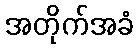
အတိုက်အခံ